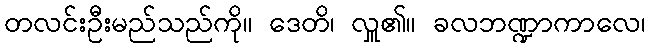
တလင်းဦးမည်သည်ကို။ ဒေတိ၊ လှူ၏။ ခလဘဏ္ဍာကာလေ၊